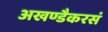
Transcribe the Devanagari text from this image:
अखण्डैकरसं